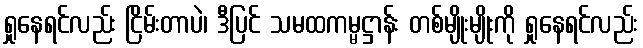
ရှုနေရင်လည်း ငြိမ်းတာပဲ၊ ဒီပြင် သမထကမ္မဋ္ဌာန်း တစ်မျိုးမျိုးကို ရှုနေရင်လည်း